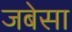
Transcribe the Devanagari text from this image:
जबेसा